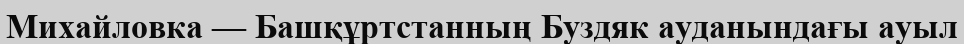
Михайловка — Башқұртстанның Буздяк ауданындағы ауыл